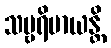
သမ္ဗရိမာယန္တိ